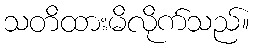
သတိထားမိလိုက်သည်။